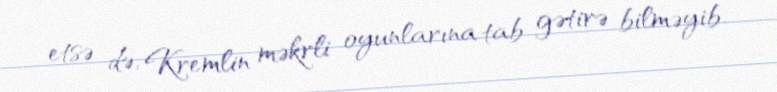
etsə də, Kremlin məkrli oyunlarına tab gətirə bilməyib.